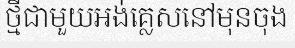
ថ្មីជាមួយអង់គ្លេសនៅមុនចុង